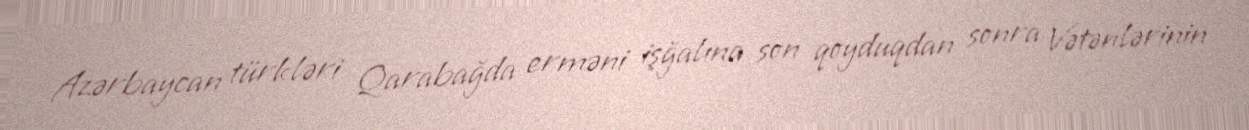
Azərbaycan türkləri Qarabağda erməni işğalına son qoyduqdan sonra Vətənlərinin